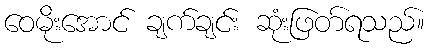
ဝေမိုးအောင် ချက်ချင်း ဆုံးဖြတ်ရသည်။